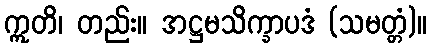
ဣတိ၊ တည်း။ အဋ္ဌမသိက္ခာပဒံ (သမတ္တံ)။